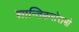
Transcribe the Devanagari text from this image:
शान्तिकरोरामो